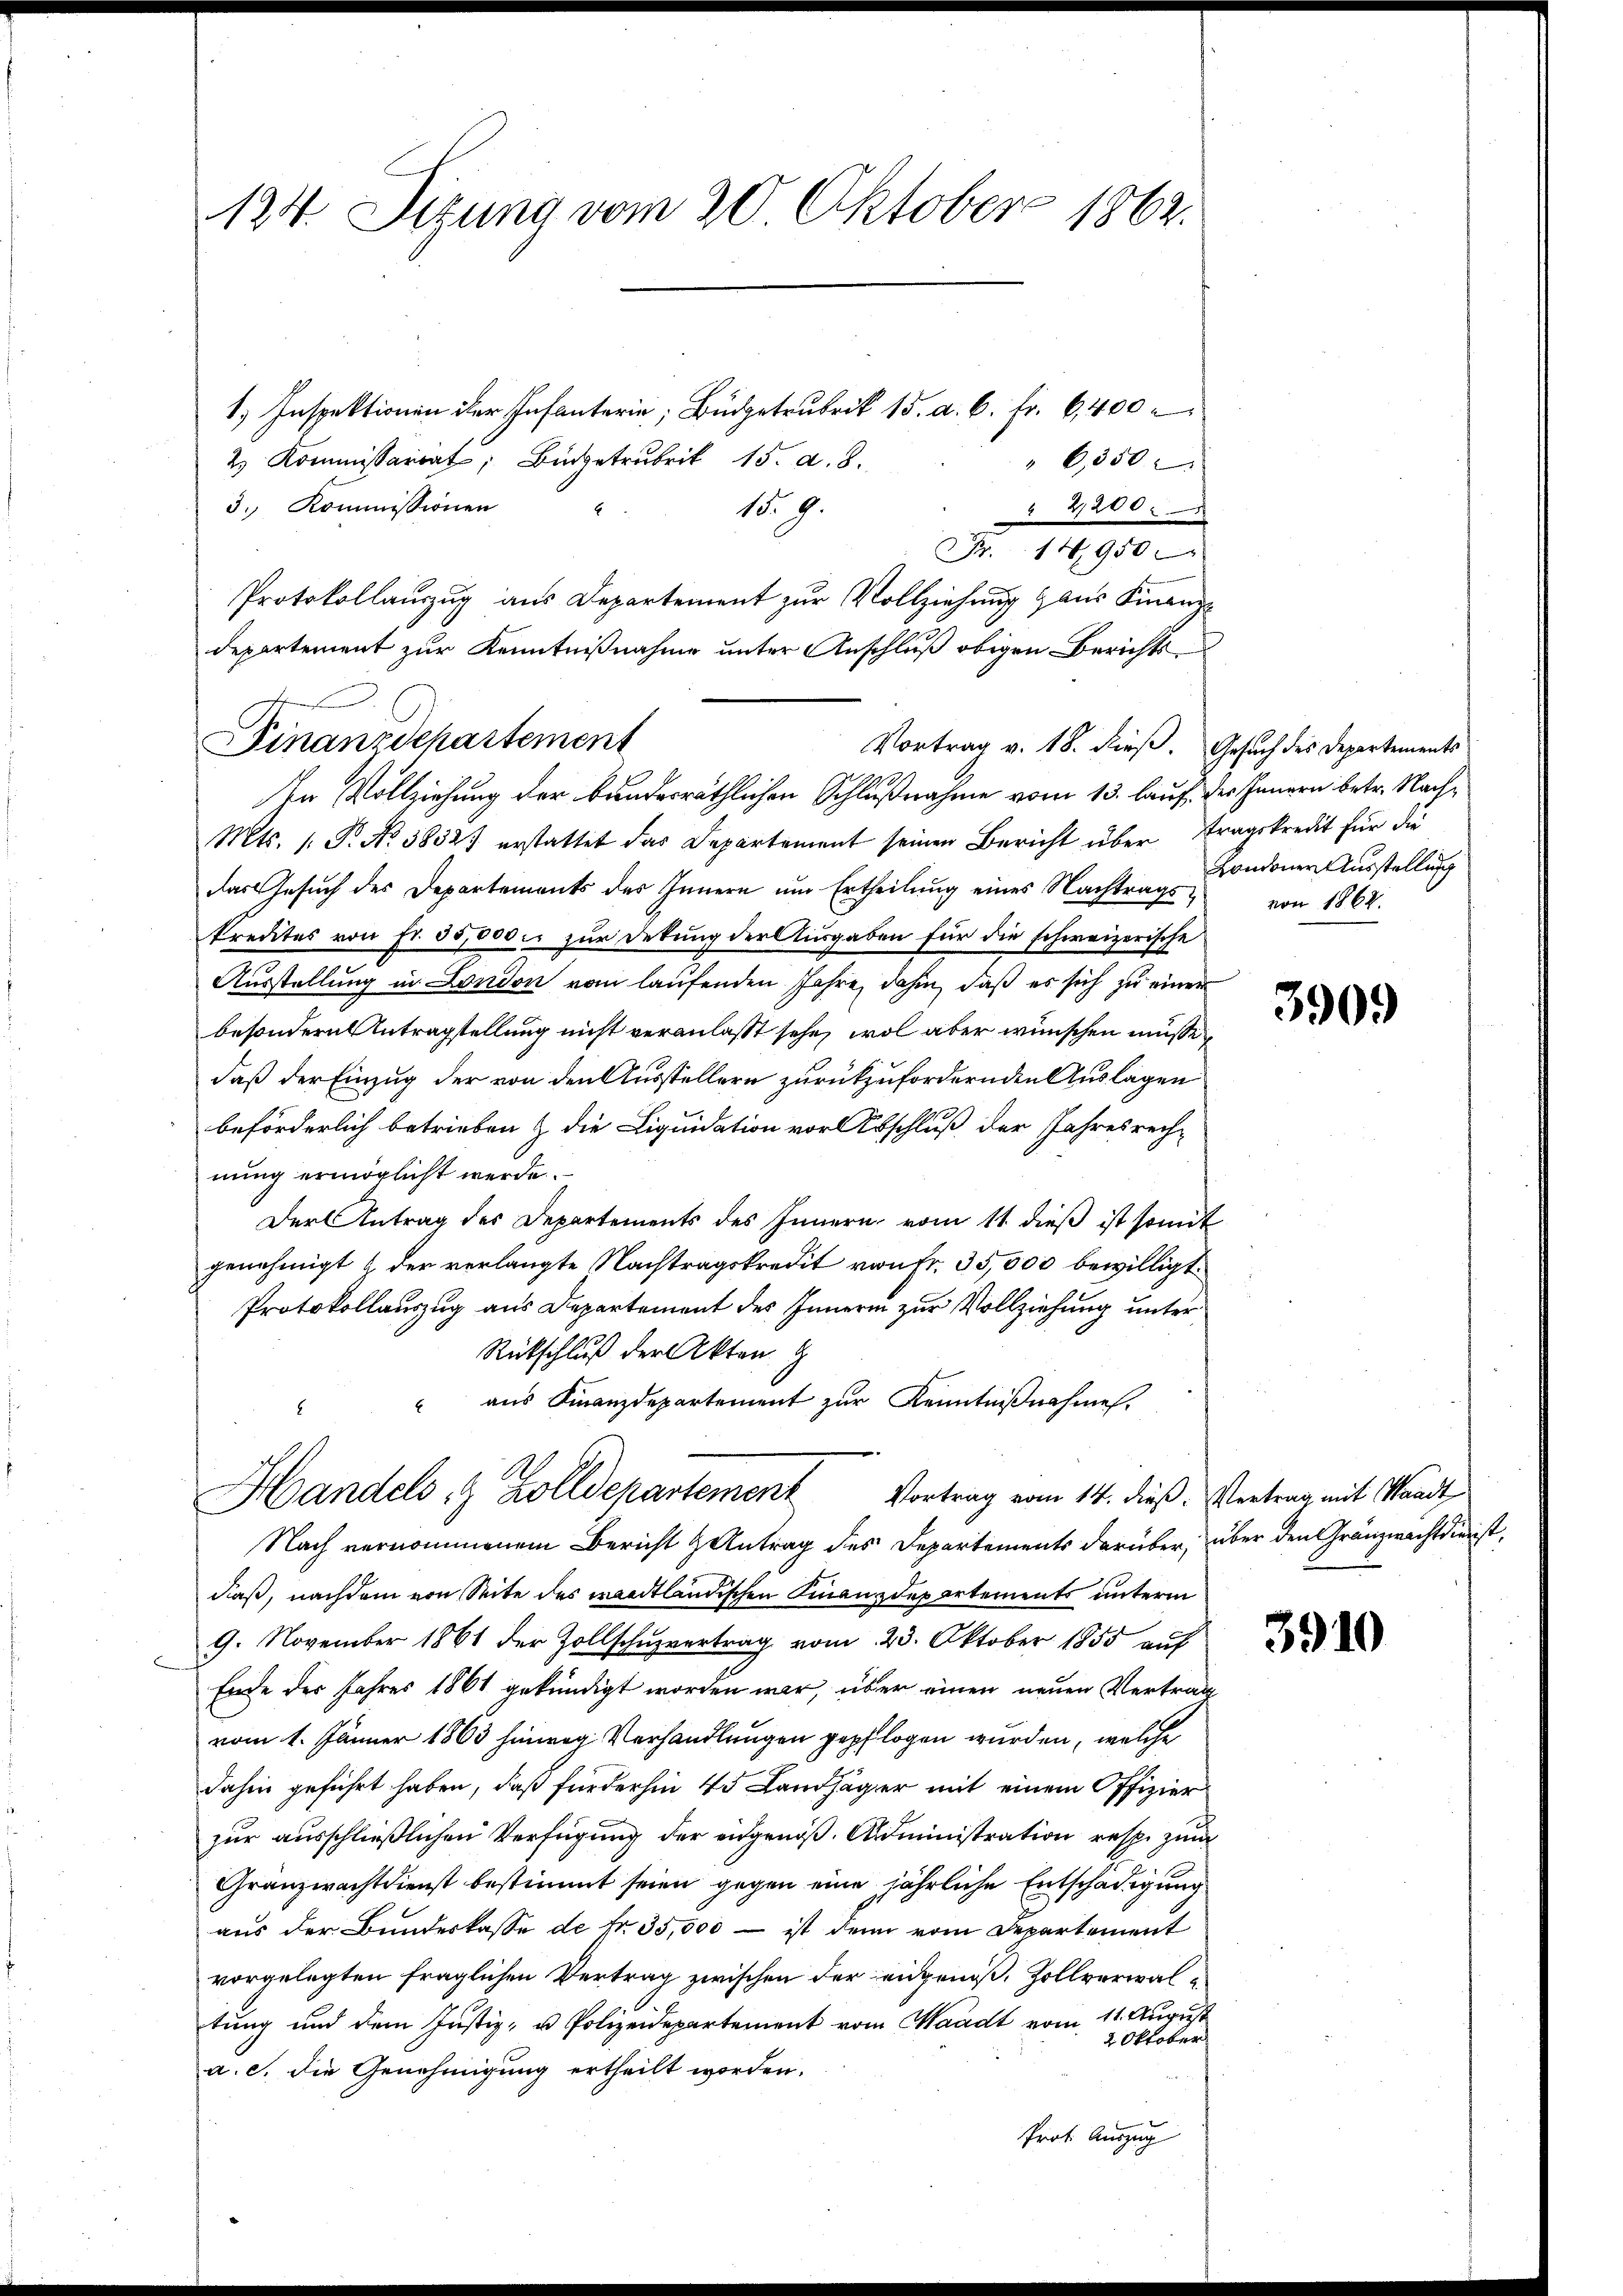
124. Sizung vom 20. Oktober 1862.

1.) Inspektionen der Infanterie, Budgetrubrik 15. a. c. fr. 6400
2 Kommissariat, Büdgetrubrik 15. d. 8.
" 6350
3. Kommissionen
6
N. 9.
" 2,200.
Fr. 14,950
Protokollauszug aus Departement zur Vollziehung & aus Finanz-
Vortrag v. 18. dieß. Gesuch des Departements
Mts. 1. P. No. 58327 erstattet das Departement seinen Bericht über tragskredit für die
das Gesuch des Departements des Innern um Ertheilung eines Nachtrags
Predites von fr. 35,000. zur Dekung der Ausgaben für die schweizerische
Ausstellung in London vom laufenden Jahre, dahin, daß es sich zu einer
besondern Antragstellung nicht veranlasst sehe, wol aber wünschen müsse,
daß der Einzug der von den Ausstellern zurückzufordernden Auslagen
beförderlich betrieben & die Liquidation vor Abschluß der Jahresrech-
nung ermöglicht werde.
Der Antrag des Departements des Innern vom 11. dieß ist somit
genehmigt & der verlangte Nachtragskredit von Fr. 35,000 bewilligt.
Protokollauszug aus Departement des Innern zur Vollziehung unter
Rückschluß der Akten g
" aus Finanzdepartement zur Kenntniβnahmes.
Handels & Zolldepartement Vortrag vom 14. dieß. Vertrag mit Waadt,
Nach vernommenem Bericht antrag des Departements darüber, über den Gränzwachtdienst,
daß, nachdem von Seite des waadtländischen Finanzdepartements unterm
9. November 1861 der Zollschŭzvertrag vom 23. Oktober 1855 auf
Ende des Jahres 1861 gekündigt worden war, über einen neuen Vertrag
vom 1. Jänner 1863 hinweg Verhandlungen gepflogen wurden, welche
dahin geführt haben, daß fürderhin 43 Landsäger mit einem Offizier
zur ausschließlichen Verfügung der eidgenöß. Administration resp. zum
Gränzwachtdienst bestimmt seien gegen eine jährliche Entschädigung
aus der Bundeskasse de fr. 35,000 – ist denn vom Departement
vorgelegten fraglichen Vertrag zwischen der eigeniß, Zollverwaltung und dem Justiz- u Polizeidepartement vom Waadt vom 11. August
2 Oktober
a. c. die Genehmigung ertheilt worden.
Prot. Auszug

departement zur Kenntnißnahme unter Anschluß obigen Berichts¬
Finanzdepartement
In Vollziehung der bundesräthlichen Schlußnahme vom 13. lauf, des Innern betr. Nach¬

Londoner Ausstellung
von 1862

3909

3910